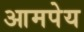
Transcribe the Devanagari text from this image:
आमपेय